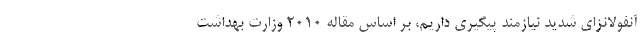
آنفولانزای شدید نیازمند پیگیری داریم، بر اساس مقاله ۲۰۱۰ وزارت بهداشت